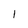
Character: l